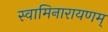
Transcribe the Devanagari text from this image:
स्वामिनारायणम्